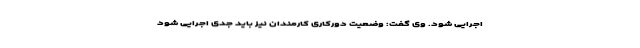
اجرایی شود. وی گفت: وضعیت دورکاری کارمندان نیز باید جدی اجرایی شود